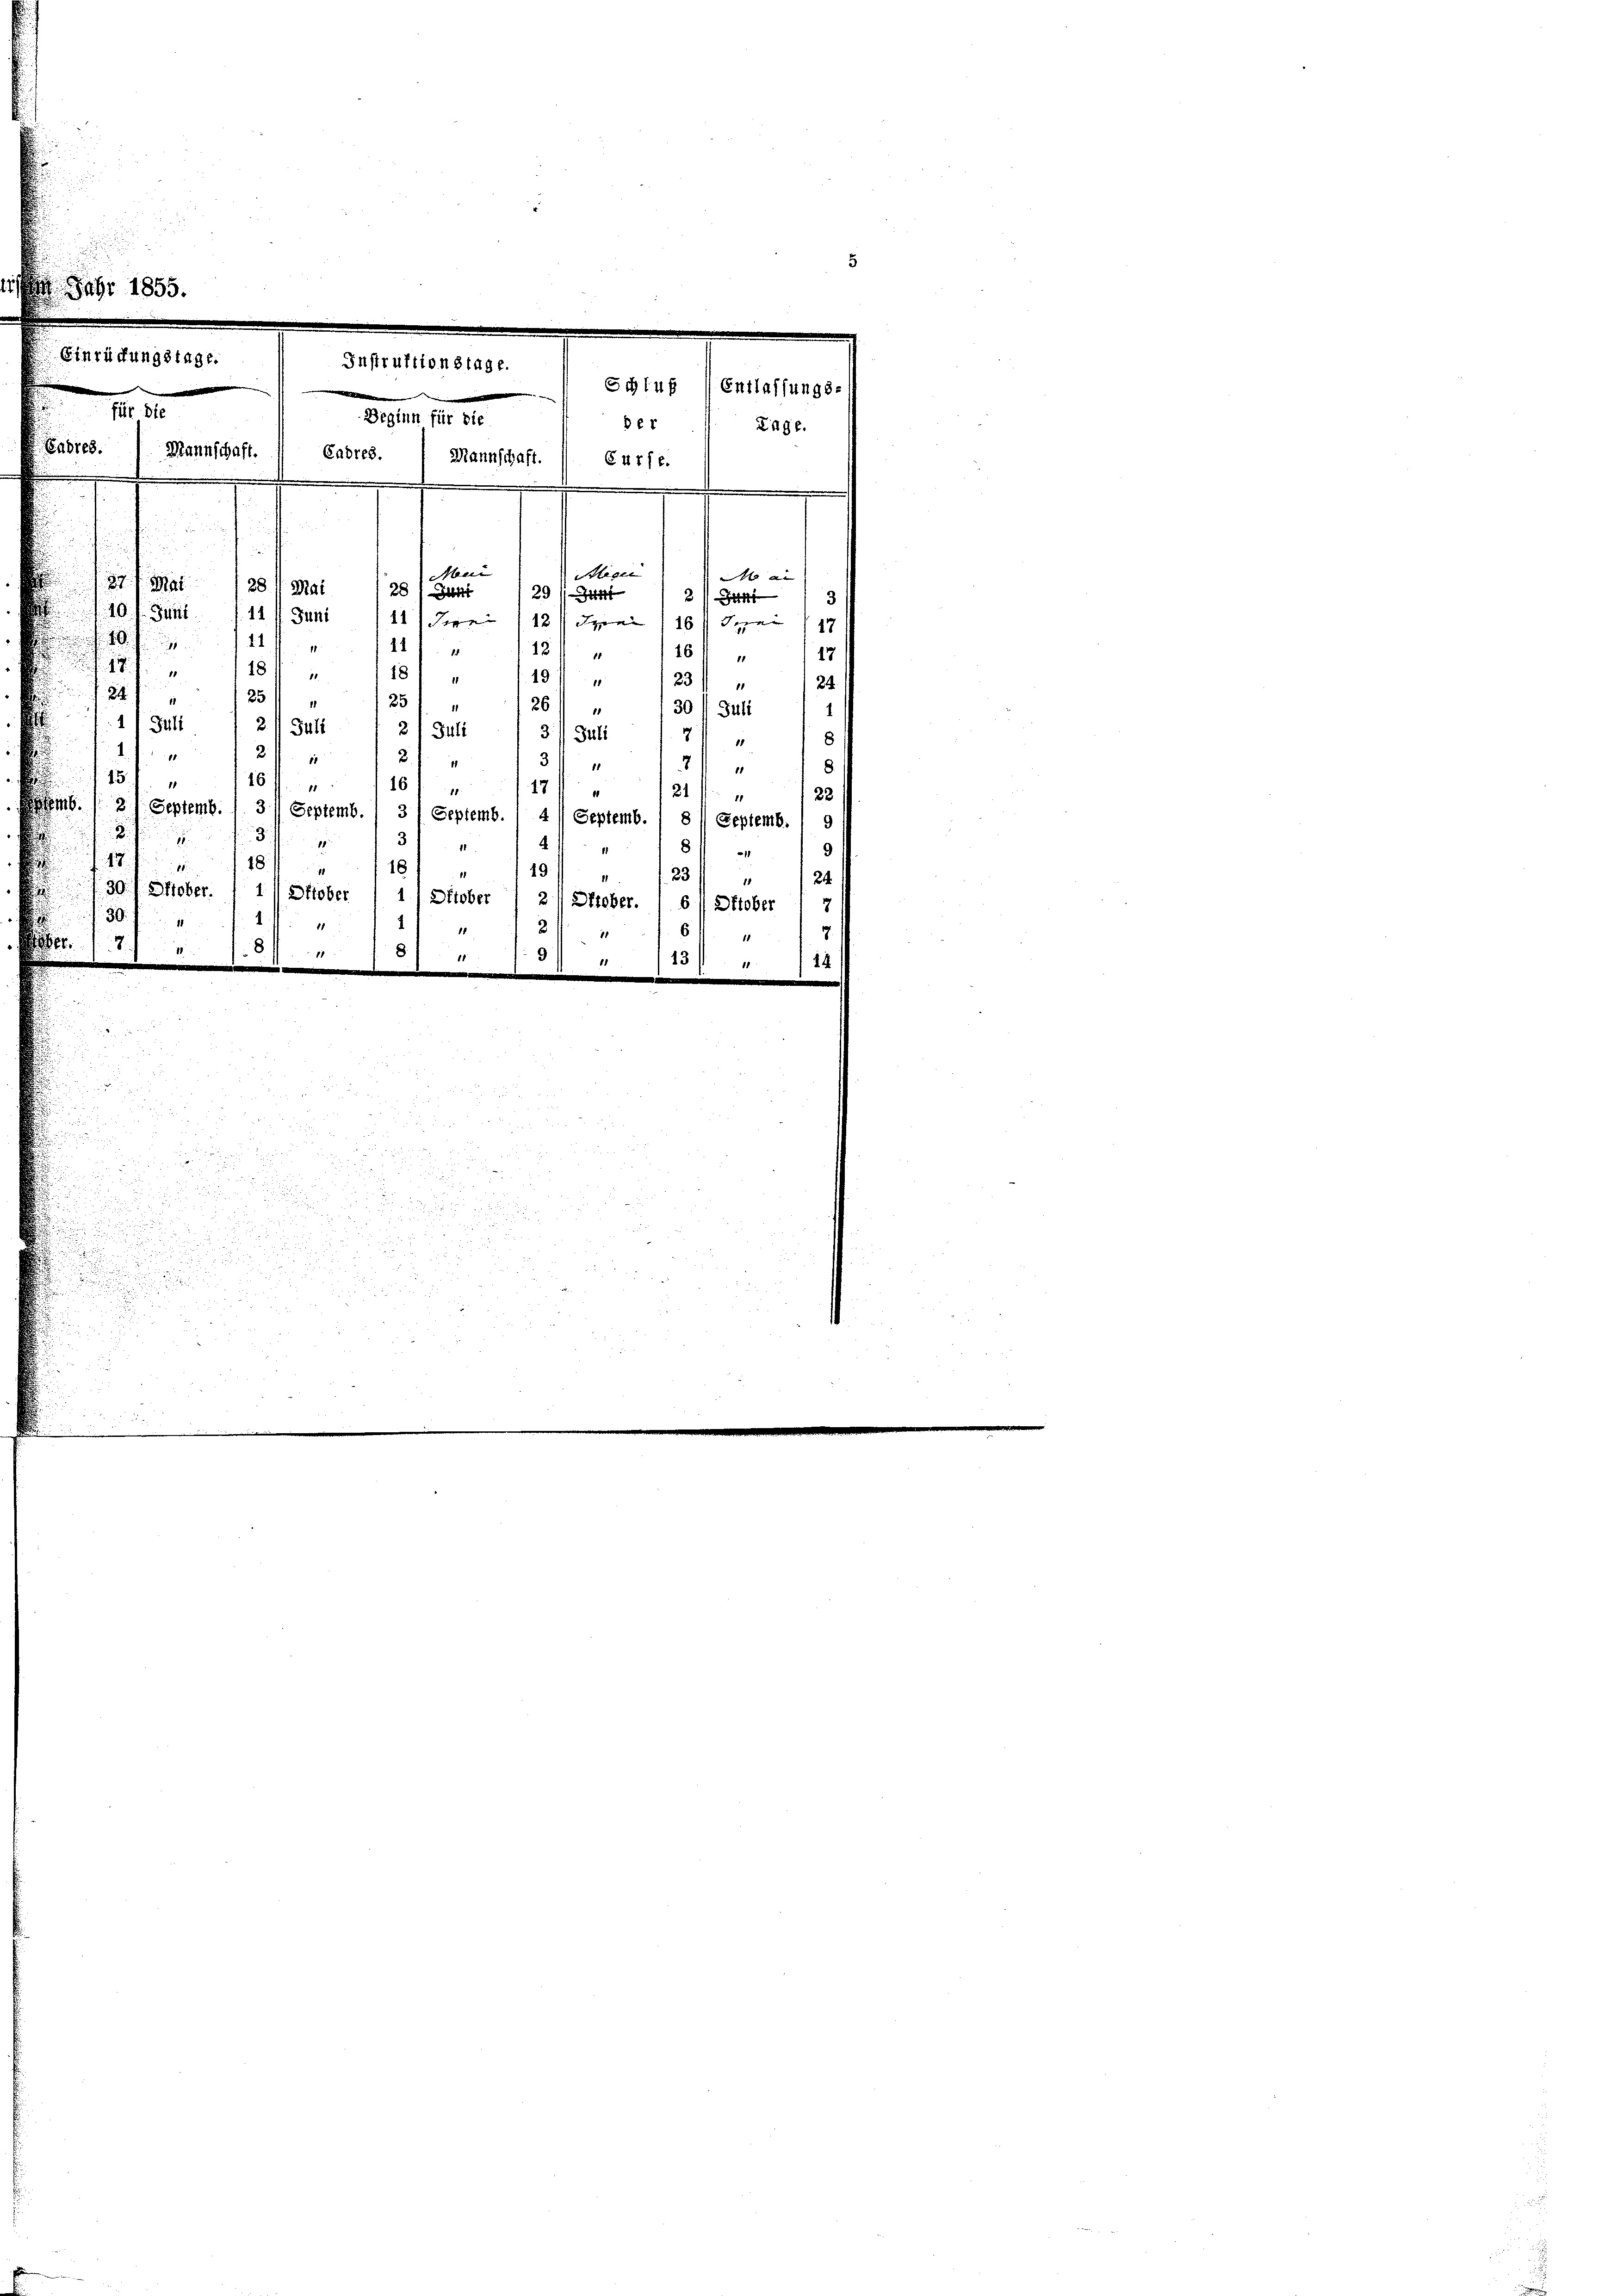
d

e

für die

16.

Deginn für die
Der
Cadres. 1. Mannschaft. / Curse.
lace
Mei
27. Mai 128 Mai 128 / Gunt
29 (Stätt
40. 411. 111. Juni 1111 derer 1181. April 116. Juni 189

.

es. 1 Mannschaft.

Instruktionstage.

i

18

5

de

.

5

 en

 512

.

Schluß (Entlaffungs-
Lage.

2/3
 . . . 241
181
161 „ 17

18 ff. 118
191
1
123/ " 24
24
251
23
26/
30 11 Juli
1
 11 Juli
21 Juli
2/ Juli
3 Juli
2
1.)
2
21
31
1
15
1
10 ff.
16
17
11
121 f
e
2.
2 Septemb. f. 3 Septemb. 3/ Septemb. / 4 Septemb. / 3 t Septemb.,
3

3
4
1
1
8
48
18.
18
18
1
49. 11 " 123
1
 24
11
30
Oktober. 1 t Oktober 11. Oktober 1 2 Strober.  6 Oktober
7
30
11
2
6
11
4